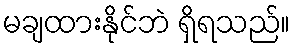
မချထားနိုင်ဘဲ ရှိရသည်။